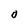
Character: 0